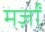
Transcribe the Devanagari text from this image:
मर्ज़ों